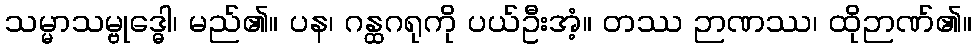
သမ္မာသမ္ဗုဒ္ဓေါ၊ မည်၏။ ပန၊ ဂန္ထဂရုကို ပယ်ဦးအံ့။ တဿ ဉာဏဿ၊ ထိုဉာဏ်၏။